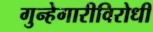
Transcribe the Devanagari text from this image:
गुन्हेगारीविरोधी